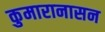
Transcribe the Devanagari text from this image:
कुमारानासन